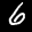
Label: 6